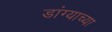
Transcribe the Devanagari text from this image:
डांग्याच्या